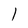
Character: 1